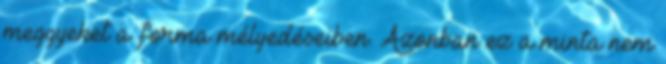
meggyeket a forma mélyedéseiben. Azonban ez a minta nem